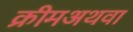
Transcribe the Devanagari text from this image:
क्रीमअथवा